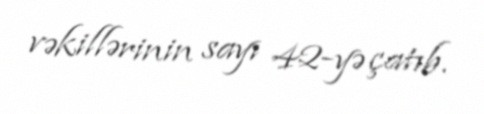
vəkillərinin sayı 42-yə çatıb.